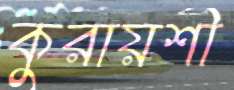
কুরায়শী